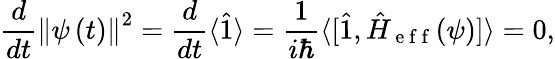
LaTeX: \frac{d}{dt}\left\Vert\psi\left(t\right)\right\Vert^{2}=\frac{d}{dt}\langle\hat{1}\rangle=\frac{1}{i\hbar}\langle\lbrack\hat{1},\hat{H}_{\mathrm{~e~f~f~}}(\psi)]\rangle=0,